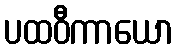
ပထဝီကာယော